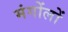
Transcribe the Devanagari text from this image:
मंगोंलों